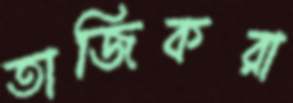
তাজিকরা